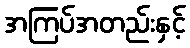
အကြပ်အတည်းနှင့်